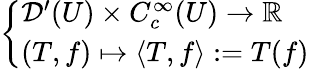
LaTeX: \left\{ \begin{array}{ll}{{\mathcal{D}}^{\prime}(U)\times C_{c}^{\infty}(U)\to\mathbb{R}}\\ {(T,f)\mapsto\langle T,f\rangle:=T(f)}\end{array}\right.